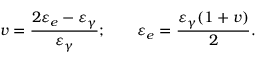
v = \frac { 2 \varepsilon _ { e } - \varepsilon _ { \gamma } } { \varepsilon _ { \gamma } } ; \qquad \varepsilon _ { e } = \frac { \varepsilon _ { \gamma } ( 1 + v ) } { 2 } .